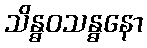
သိန္ဓဝသန္ဓနော